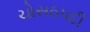
ચોસઠપદી